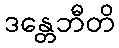
ဒန္တေဘီတိ